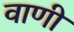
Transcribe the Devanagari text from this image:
वाणीं